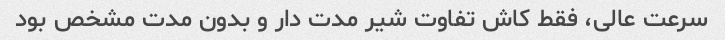
سرعت عالی، فقط کاش تفاوت شیر مدت دار و بدون مدت مشخص بود